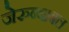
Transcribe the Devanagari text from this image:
जेरुब्बाबल